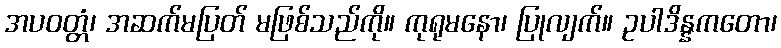
အပဝတ္တံ၊ အဆက်မပြတ် မဖြစ်သည်ကို။ ကုရုမနော၊ ပြုလျက်။ ဥပါဒိန္နကတော၊